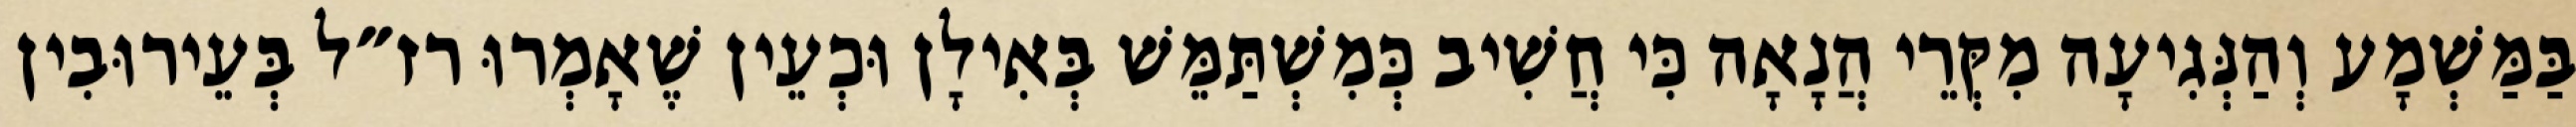
בַּמַּשְׁמָע וְהַנְּגִיעָה מִקְּרֵי הֲנָאָה כִּי חֲשִׁיב כְּמִשְׁתַּמֵּשׁ בְּאִילָן וּכְעֵין שֶׁאָמְרוּ רז״ל בְּעֵירוּבִין